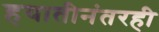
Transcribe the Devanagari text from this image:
हयातीनंतरही